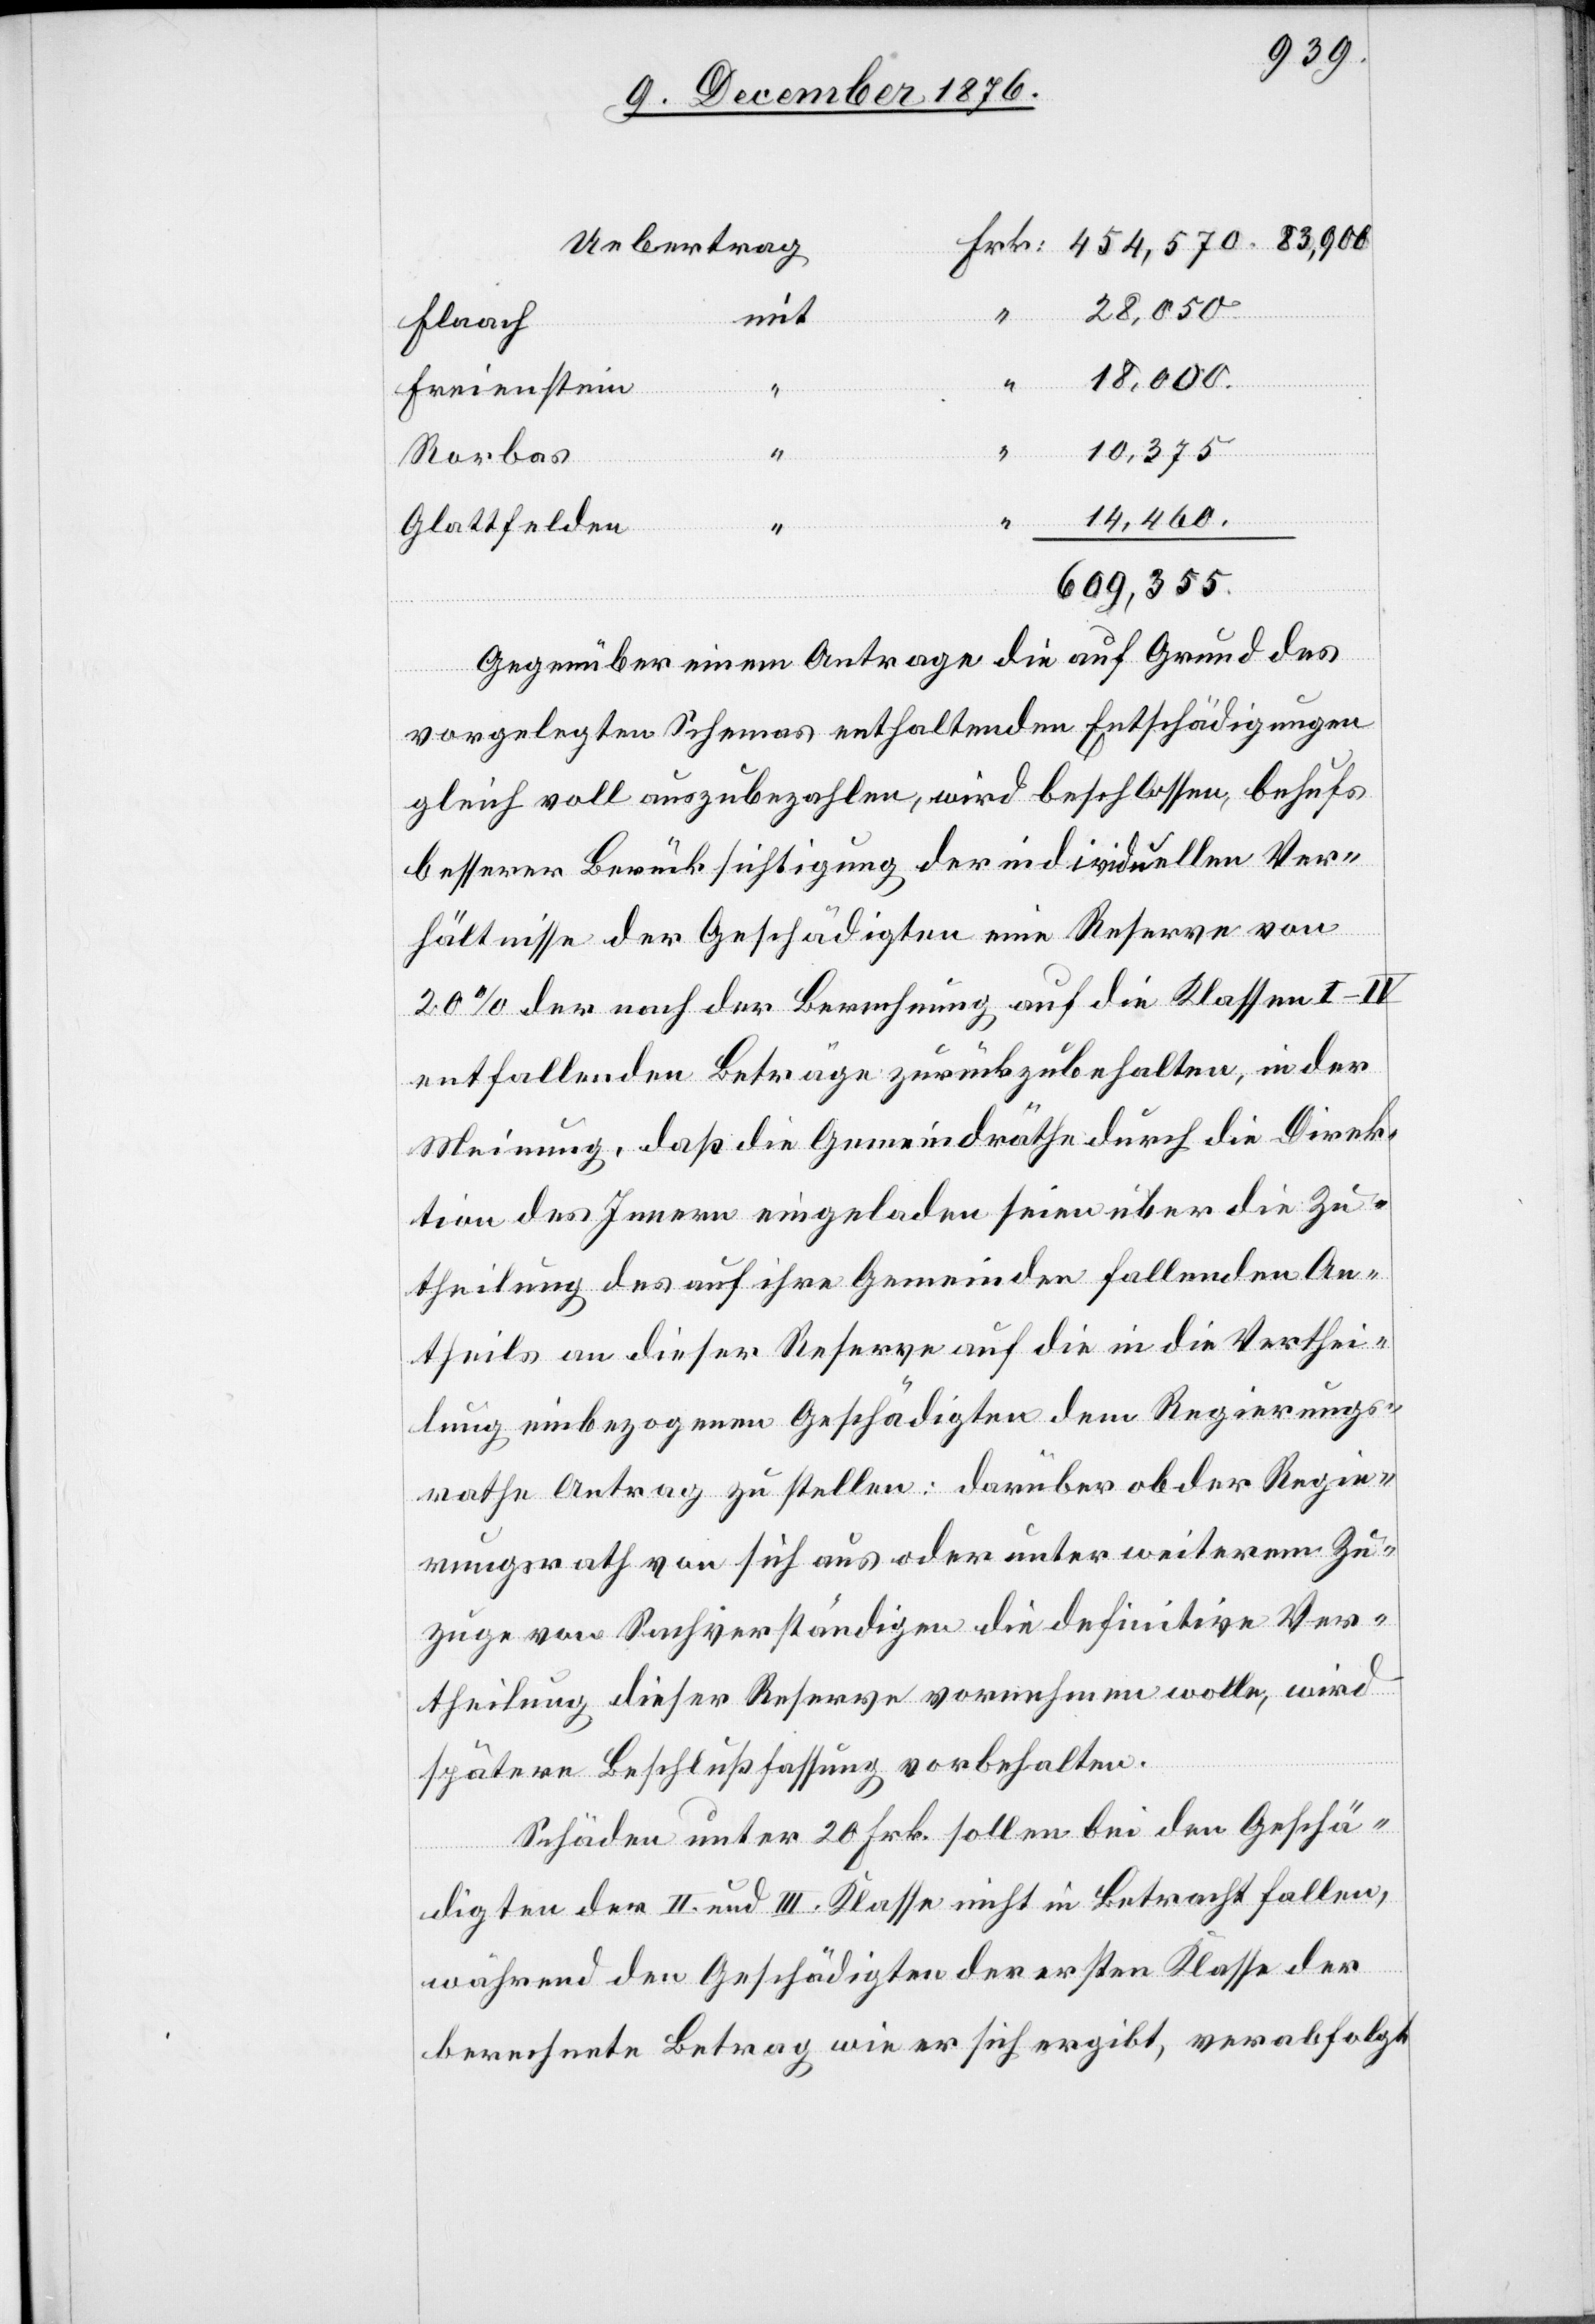
28,050.
mit
Flaach
“
“
14,460.
Freienstein
Rorbas
Glattfelden
609,355.
Gegenüber einem Antrage die auf Grund des
vorgelegten Schemas enthaltenden [sic!] Entschädigungen
gleich voll auszubezahlen, wird beschlossen, behufs
besserer Berücksichtigung der individuellen Ver¬
hältnisse der Geschädigten eine Reserve von
20% der nach der Berechnung auf die Klassen I–IV
entfallenden Beträge zurückzubehalten, in der
Meinung, daß die Gemeindräthe durch die Direk¬
tion des Innern eingeladen seien über die Zu¬
theilung des auf ihre Gemeinden fallenden An¬
theils an dieser Reserve auf die in die Verthei¬
lung einbezogenen Geschädigten dem Regierungs¬
rathe Antrag zu stellen: darüber ob der Regie¬
rungsrath von sich aus oder unter weiterem Zu¬
zuge von Sachverständigen die definitive Ver¬
theilung dieser Reserve vornehmen wolle, wird
spätere Beschlußfassung vorbehalten.
Schäden unter 20 Frk. sollen bei den Geschä¬
digten der II. und II. Klasse nicht in Betracht fallen,
während den Geschädigten der ersten Klasse der
berechnete Betrag wie er sich ergibt, verabfolgt